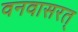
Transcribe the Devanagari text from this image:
वनवासरत्